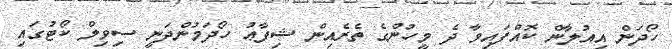
ހޯދަން އިއުލާން ކޮއްފައިވާ ދެ މީހުންގެ ތެރެއިން ޝިފާޢު ހޯދަމުންދަނީ ސިވިލް ކޯޓުގައި